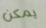
يمكن